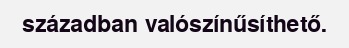
században valószínűsíthető.